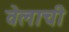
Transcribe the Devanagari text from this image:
वेलाची